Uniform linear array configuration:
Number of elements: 4
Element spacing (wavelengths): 0.75
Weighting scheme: hann
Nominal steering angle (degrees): -60
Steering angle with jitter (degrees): -58.086
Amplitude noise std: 0.05
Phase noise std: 0.05

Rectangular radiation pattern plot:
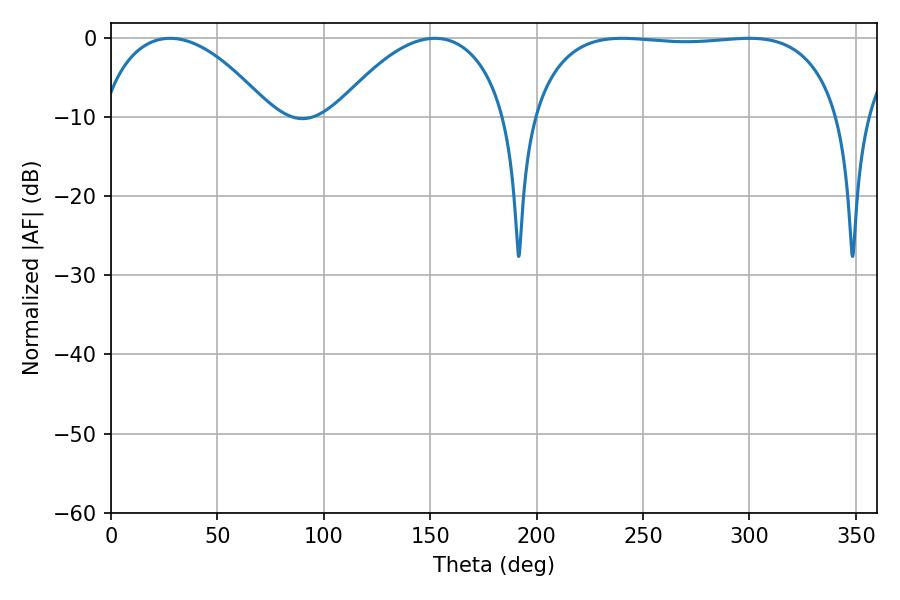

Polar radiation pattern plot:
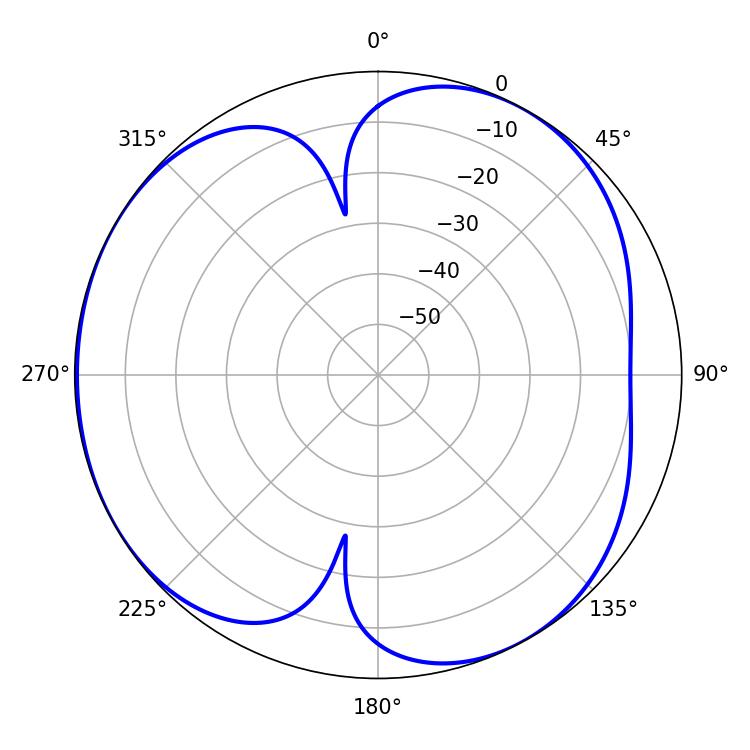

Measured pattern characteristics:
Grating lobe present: TRUE
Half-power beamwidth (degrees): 115.2
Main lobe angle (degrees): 240.12